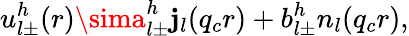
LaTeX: u_{l\pm}^{h}(r)\sima_{l\pm}^{h}\mathbf{j}_{l}(q_{c}r)+b_{l\pm}^{h}n_{l}(q_{c}r),